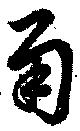
甬